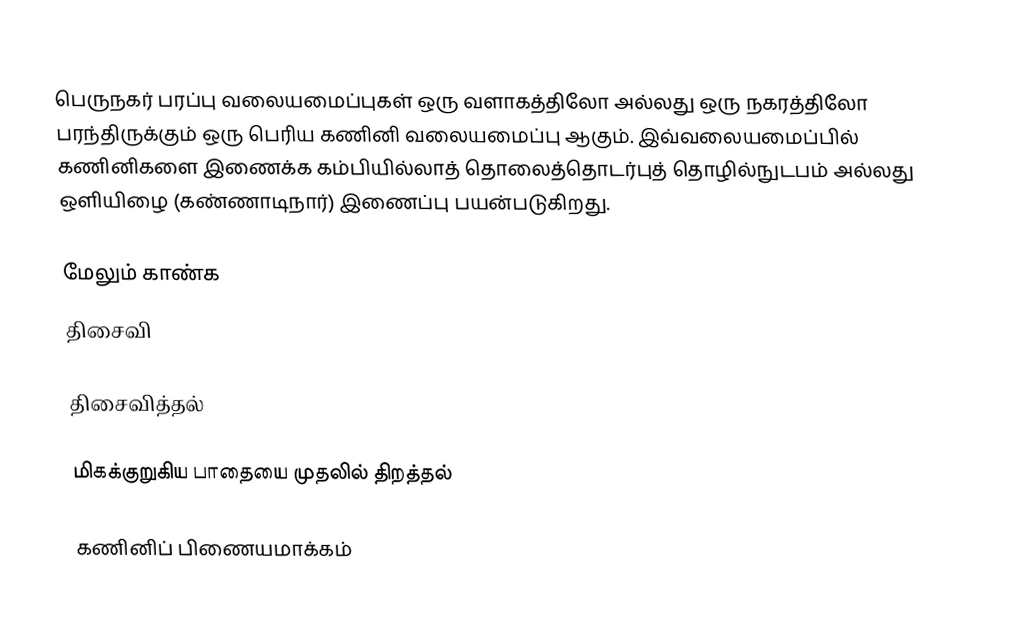
பெருநகர் பரப்பு வலையமைப்புகள் ஒரு வளாகத்திலோ அல்லது ஒரு நகரத்திலோ பரந்திருக்கும் ஒரு பெரிய கணினி வலையமைப்பு ஆகும். இவ்வலையமைப்பில் கணினிகளை இணைக்க கம்பியில்லாத் தொலைத்தொடர்புத் தொழில்நுடபம் அல்லது ஒளியிழை (கண்ணாடிநார்) இணைப்பு பயன்படுகிறது.

மேலும் காண்க
திசைவி

திசைவித்தல்

மிகக்குறுகிய பாதையை முதலில் திறத்தல்

கணினிப் பிணையமாக்கம்